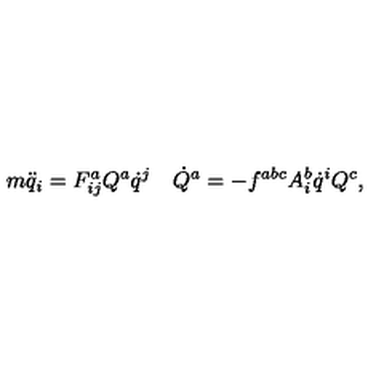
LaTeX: m \ddot { q } _ { i } = F _ { i j } ^ { a } Q ^ { a } \dot { q } ^ { j } \quad \dot { Q } ^ { a } = - f ^ { a b c } A _ { i } ^ { b } \dot { q } ^ { i } Q ^ { c } ,